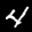
Label: 4